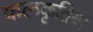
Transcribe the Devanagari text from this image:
कलकृतियां